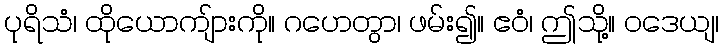
ပုရိသံ၊ ထိုယောကျ်ားကို။ ဂဟေတွာ၊ ဖမ်း၍။ ဧဝံ၊ ဤသို့။ ဝဒေယျ၊